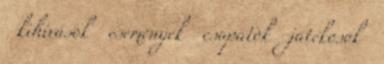
kihívások események csapatok játékosok